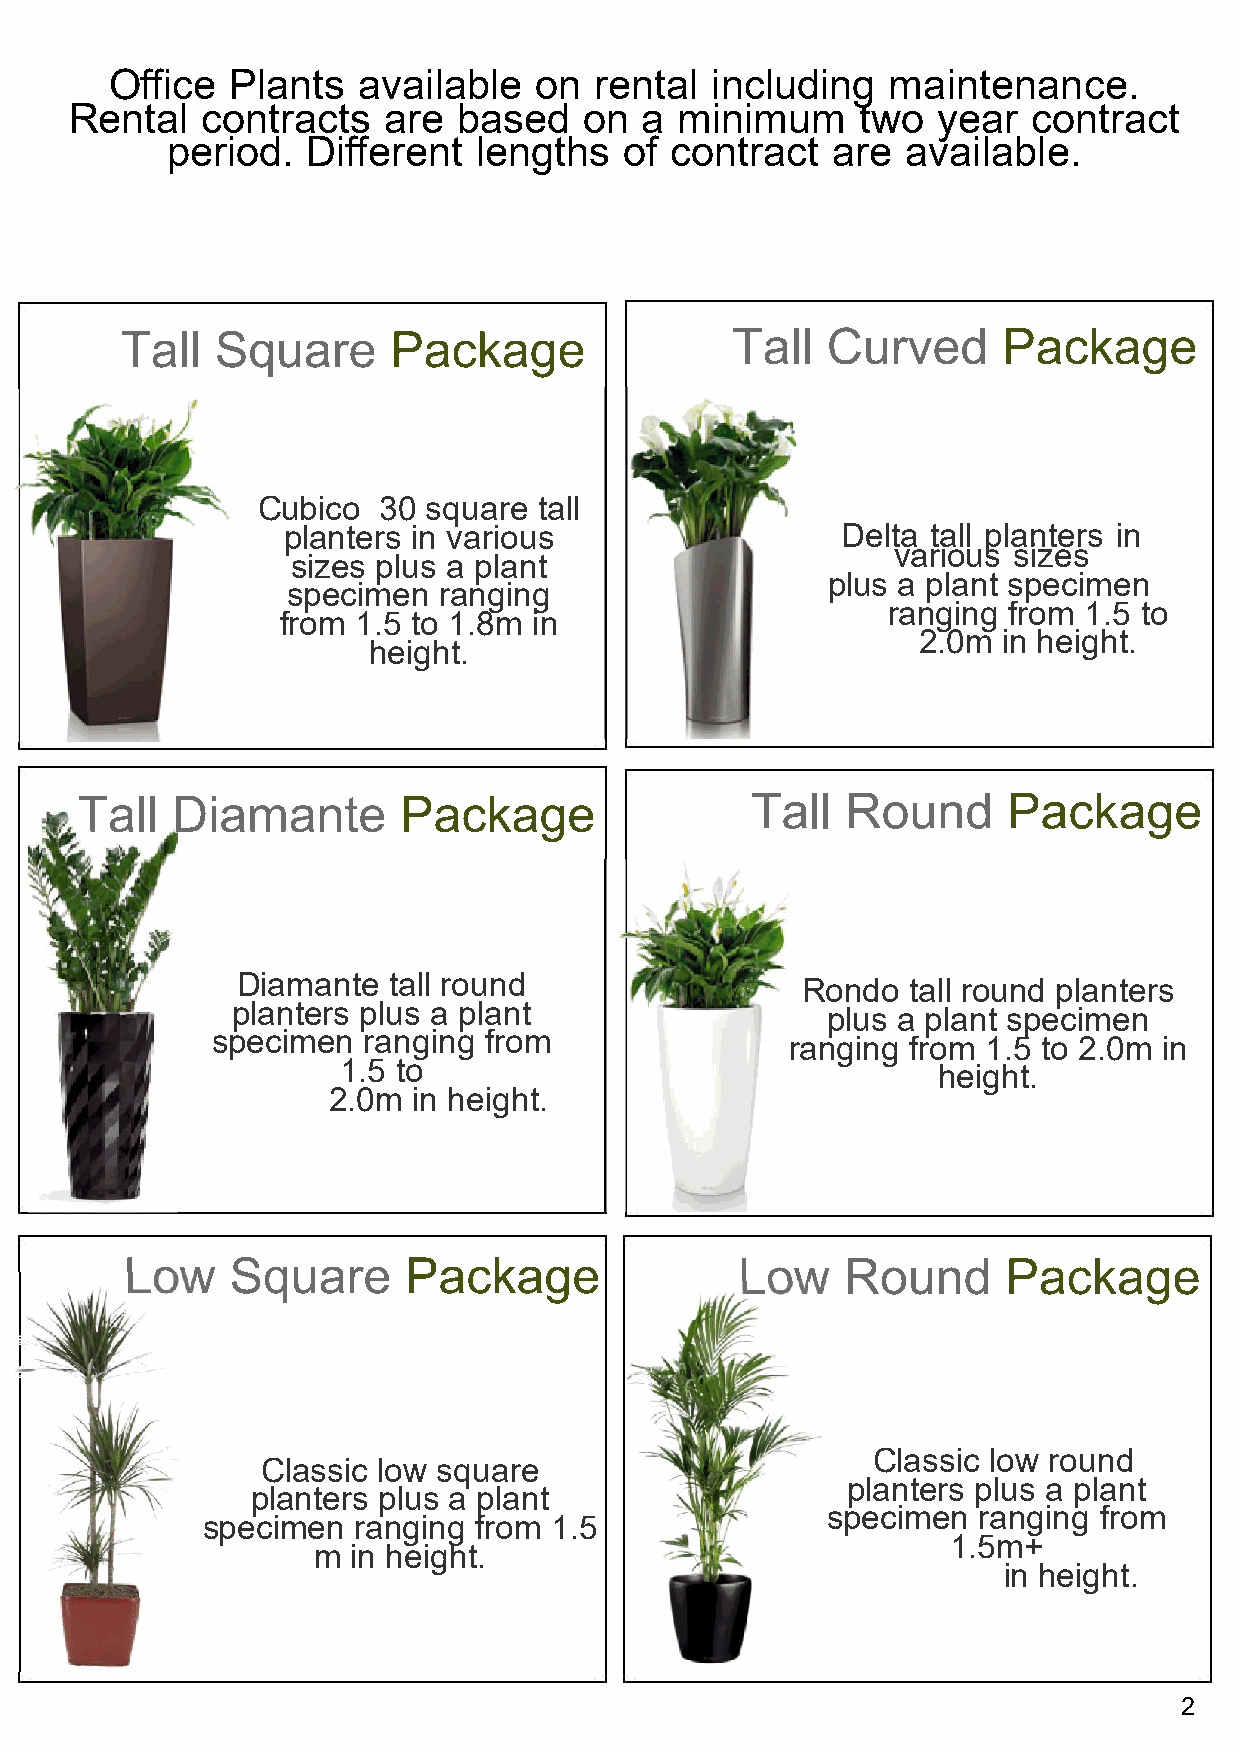
Office  Plants   available  on  rental  including   maintenance.
 Rental  contracts   are  based    on a  minimum     two  year  contract
 period.  Different   lengths  of contract   are  available.
 Tall  Square      Package               Tall   Curved     Package
 Cubico  30 square  tall
 planters in various                  Delta tall planters in
 various sizes
 sizes plus a plant
 plus a plant specimen
 specimen  ranging
 ranging from 1.5 to
 from 1.5 to 1.8m in
 2.0m in height.
 height.
 Tall  Diamante       Package                 Tall  Round      Package
 Diamante  tall round
 Rondo  tall round planters
 planters plus a plant
 plus a plant specimen
 specimen  ranging from
 ranging from 1.5 to 2.0m in
 1.5 to
 height.
 2.0m in height.
 Low    Square      Package               Low    Round      Package
 Classic low round
 Classic low square
 planters plus a plant
 planters plus a plant
 specimen  ranging from
 specimen  ranging from 1.5
 1.5m+
 m in height.
 in height.
 2